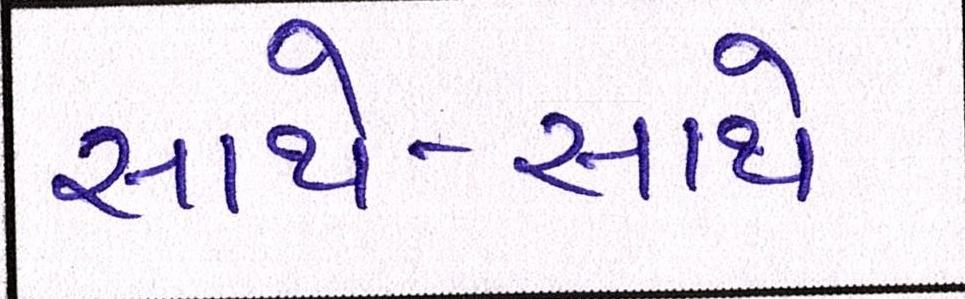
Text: સાથે-સાથે